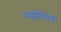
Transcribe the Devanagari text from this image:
मंझौलिया